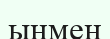
ыңмен